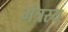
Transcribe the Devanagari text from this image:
मंत्रस्य